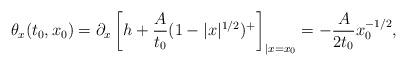
LaTeX: \begin{align*}\theta_x(t_0,x_0) &= \partial_x \left[h + \frac A {t_0} (1-|x|^{1/2})^+ \right]_{|x=x_0} = -\frac{A}{2 t_0} x_0^{-1/2},\end{align*}